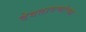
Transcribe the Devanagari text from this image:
देवतागणांच्या